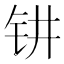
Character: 𰽟